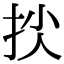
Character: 𢫐